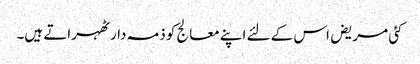
کئی مریض اس کے لئے اپنے معالج کو ذمہ دار ٹھہراتے ہیں۔